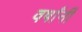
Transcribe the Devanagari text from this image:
वर्षांनीं